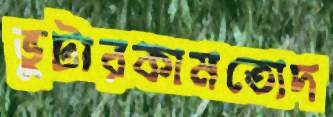
ভুটারকামতোদ